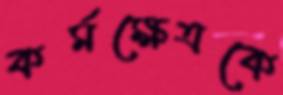
কর্মক্ষেত্রকে